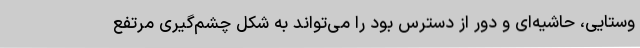
وستایی، حاشیه‌ای و دور از دسترس بود را می‌تواند به شکل چشم‌گیری مرتفع